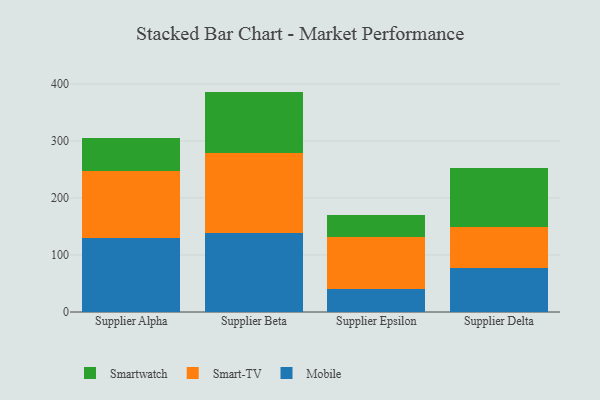
{"axis": {"x": "Supplier", "y": "Churn Rate (%)"}, "legend": ["Mobile", "Smart-TV", "Smartwatch"], "data": [{"x": "Supplier Alpha", "y": 129.7, "type": "Mobile"}, {"x": "Supplier Alpha", "y": 118.0, "type": "Smart-TV"}, {"x": "Supplier Alpha", "y": 57.5, "type": "Smartwatch"}, {"x": "Supplier Beta", "y": 138.8, "type": "Mobile"}, {"x": "Supplier Beta", "y": 140.5, "type": "Smart-TV"}, {"x": "Supplier Beta", "y": 107.2, "type": "Smartwatch"}, {"x": "Supplier Epsilon", "y": 40.8, "type": "Mobile"}, {"x": "Supplier Epsilon", "y": 90.6, "type": "Smart-TV"}, {"x": "Supplier Epsilon", "y": 39.4, "type": "Smartwatch"}, {"x": "Supplier Delta", "y": 76.9, "type": "Mobile"}, {"x": "Supplier Delta", "y": 72.9, "type": "Smart-TV"}, {"x": "Supplier Delta", "y": 103.3, "type": "Smartwatch"}]}